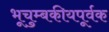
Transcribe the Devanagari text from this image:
भूचुम्बकीयपूर्वक